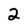
Character: 2